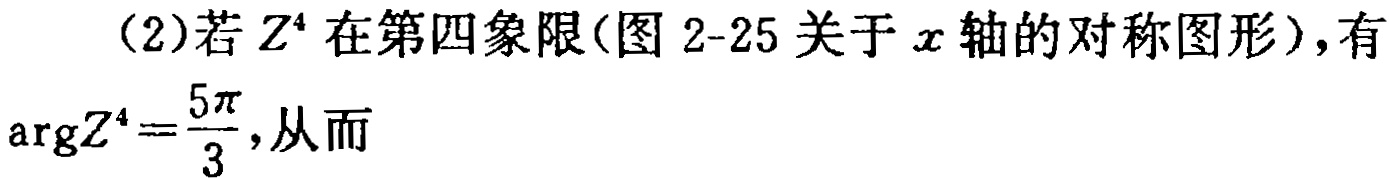
（2）若\(Z^{4}\)在第四象限(图 2-25 关于\(x\)轴的对称图形)，有\(\arg Z^{4}=\frac{5\pi}{3}\)，从而